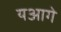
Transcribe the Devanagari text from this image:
यआगे